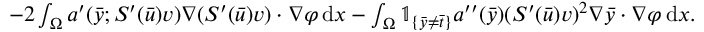
\begin{array} { r l } & { - 2 \int _ { \Omega } a ^ { \prime } ( \bar { y } ; S ^ { \prime } ( \bar { u } ) v ) \nabla ( S ^ { \prime } ( \bar { u } ) v ) \cdot \nabla \varphi \, \mathrm { d } x - \int _ { \Omega } \mathbb { 1 } _ { \{ \bar { y } \neq \bar { t } \} } a ^ { \prime \prime } ( \bar { y } ) ( S ^ { \prime } ( \bar { u } ) v ) ^ { 2 } \nabla \bar { y } \cdot \nabla \varphi \, \mathrm { d } x . } \end{array}